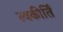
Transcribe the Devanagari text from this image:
स्वकीर्तिं